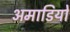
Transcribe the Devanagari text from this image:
अमाडियो